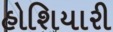
હોશિયારી